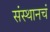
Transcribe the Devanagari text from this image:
संस्थानचं